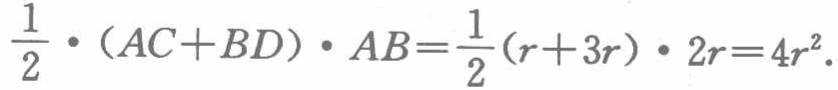
$\frac{1}{2} \cdot (AC + BD) \cdot AB=\frac{1}{2}(r + 3r) \cdot 2r = 4r^{2}.$